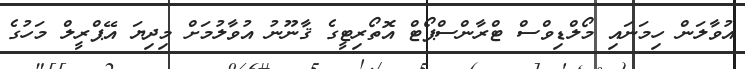
އުވާލަން ހިމަނައި މޯލްޑިވްސް ޓްރާންސްޕޯޓް އޮތޯރިޓީގެ ޤާނޫނު އުވާލުމަށް މިދިޔަ އޭޕްރީލް މަހުގެ